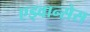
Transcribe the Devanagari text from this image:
एड्वान्सेस